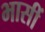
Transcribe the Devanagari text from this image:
भासीं